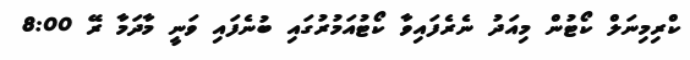
ކްރިމިނަލް ކޯޓުން މިއަދު ނެރެފައިވާ ކޯޓުއަމުރުގައި ބުނެފައި ވަނީ މާދަމާ ރޭ 8:00